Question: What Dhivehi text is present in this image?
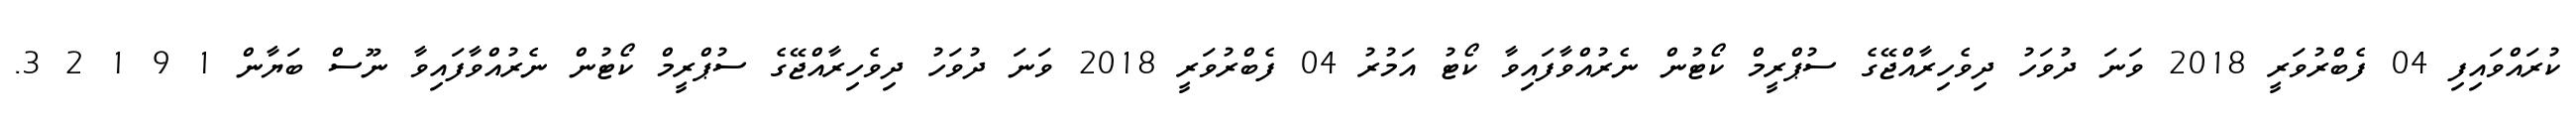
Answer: ކުރައްވައިފި 04 ފެބްރުވަރީ 2018 ވަނަ ދުވަހު ދިވެހިރާއްޖޭގެ ސުޕްރީމް ކޯޓުން ނެރުއްވާފައިވާ ކޯޓު އަމުރު 04 ފެބްރުވަރީ 2018 ވަނަ ދުވަހު ދިވެހިރާއްޖޭގެ ސުޕްރީމް ކޯޓުން ނެރުއްވާފައިވާ ނޫސް ބަޔާން 1 9 1 2 3.